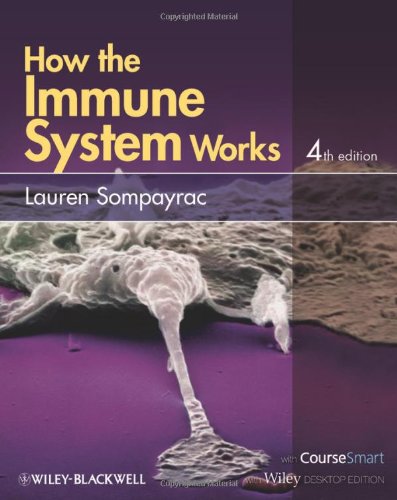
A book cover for How the Immune System Works, Includes Desktop Edition; Lauren M. Sompayrac; Medical Books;